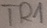
Text: TR1